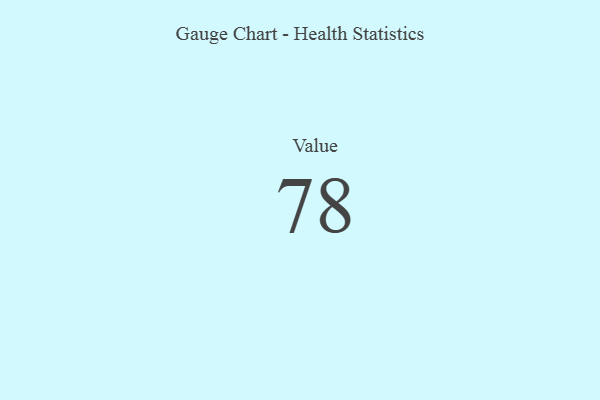
{"axis": {"x": "Metric", "y": "Value"}, "legend": [""], "data": [{"x": "Value", "y": 78, "type": ""}]}